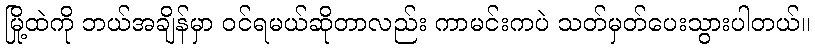
မြို့ထဲကို ဘယ်အချိန်မှာ ဝင်ရမယ်ဆိုတာလည်း ကာမင်းကပဲ သတ်မှတ်ပေးသွားပါတယ်။